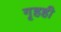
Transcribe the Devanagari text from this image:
गृहही